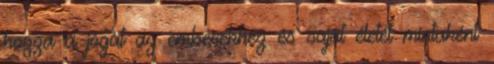
hozza a jógát az emberekhez és saját életét mintaként